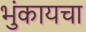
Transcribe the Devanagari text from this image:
भुंकायचा